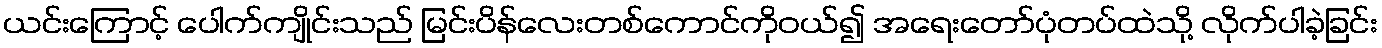
ယင်းကြောင့် ပေါက်ကျိုင်းသည် မြင်းပိန်လေးတစ်ကောင်ကိုဝယ်၍ အရေးတော်ပုံတပ်ထဲသို့ လိုက်ပါခဲ့ခြင်း